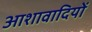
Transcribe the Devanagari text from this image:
आशावादियों